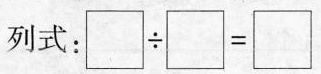
列式：$$\Box \div \Box = \Box$$